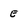
Character: E